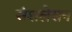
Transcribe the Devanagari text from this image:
संशलेसन